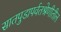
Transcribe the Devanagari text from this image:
सातपुडापर्वतश्रेणीतील